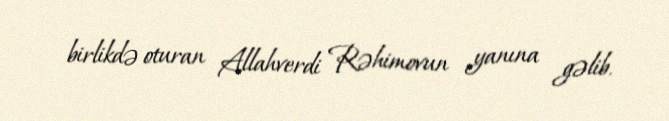
birlikdə oturan Allahverdi Rəhimovun yanına gəlib.